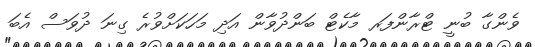
ވެންގާ ބުނީ ޓްރާންފަރ މާކެޓް ބަންދުވާން އަދި މަހަކަށްވުރެ ގިނަ ދުވަސް އެބަ